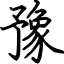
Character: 豫